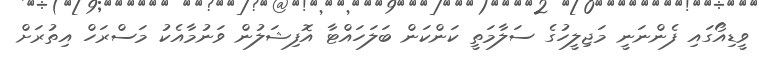
ވީޑިއޯގައި ފެންނަނީ މަޖިލީހުގެ ސަލާމަތީ ކަންކަން ބަލަހައްޓާ އޮފިޝަލުން ވަނުމާއެކު މަސްރަހް އިތުރަށް